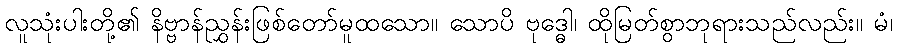
လူသုံးပါးတို့၏ နိဗ္ဗာန်ညွှန်းဖြစ်တော်မူထသော။ သောပိ ဗုဒ္ဓေါ၊ ထိုမြတ်စွာဘုရားသည်လည်း။ မံ၊